Annual report of the Punjab Veterinary College and of the Civil Veterinary Department, Punjab - 1926-1932
Year: 1926
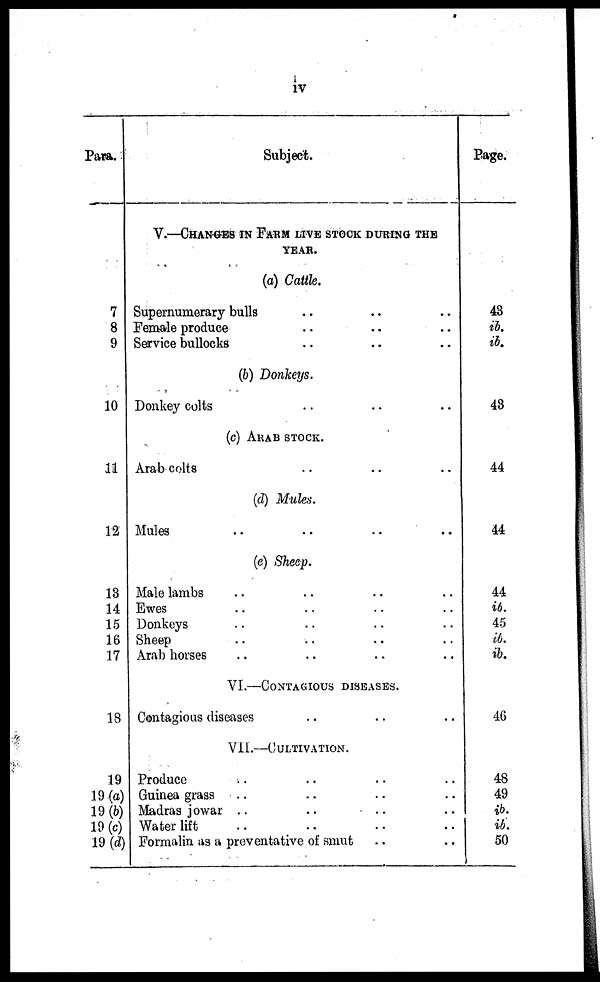
iv
Para.
7
8
9
10
11
12
13
14
15
16
17
18
19
19 (a)
19 (b)
19 (c)
19 (d)
Subject.
V.—CHANGES IN FARM LIVE STOCK DURING THE
YEAR.
(a) Cattle.
Supernumerary bulls .. .. ..
Female produce .. .. ..
Service bullocks .. .. ..
(b) Donkeys.
Donkey colts .. .. ..
(c) ARAB STOCK..
Arab colts .. .. ..
(d) Mules.
Mules .. .. ..
(e) Sheep.
Male lambs .. .. .. ..
Ewes .. .. .. ..
Donkeys .. .. .. ..
Sheep .. .. .. ..
Arab horses .. .. .. ..
VI.—CONTAGIOUS
DISEASES.
Contagious diseases .. .. ..
VII.—CULTIVATION.
Produce .. .. .. ..
Guinea grass .. .. .. ..
Madras jowar .. .. .. ..
Water lift .. .. .. ..
Formalin as a preventative of smut .. ..
Page.
43
ib.
ib.
43
44
44
44
ib.
45
ib.
ib.
46
48
49
ib.
ib.
50